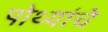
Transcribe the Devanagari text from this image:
पोथ्यांचे